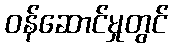
ဝန်ဆောင်မှုတွင်